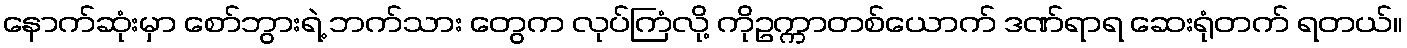
နောက်ဆုံးမှာ စော်ဘွားရဲ့ ဘက်သား တွေက လုပ်ကြံလို့ ကိုဥက္ကာတစ်ယောက် ဒဏ်ရာရ ဆေးရုံတက် ရတယ်။